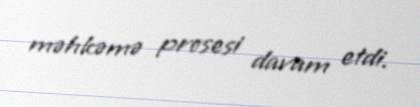
məhkəmə prosesi davam etdi.